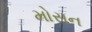
મોસન